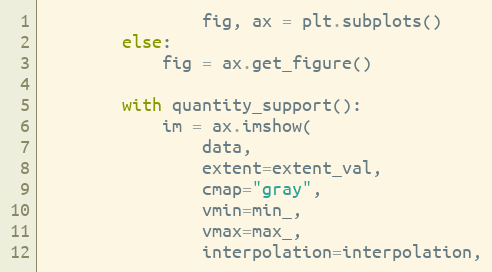
Language: Python
                fig, ax = plt.subplots()
        else:
            fig = ax.get_figure()

        with quantity_support():
            im = ax.imshow(
                data,
                extent=extent_val,
                cmap="gray",
                vmin=min_,
                vmax=max_,
                interpolation=interpolation,